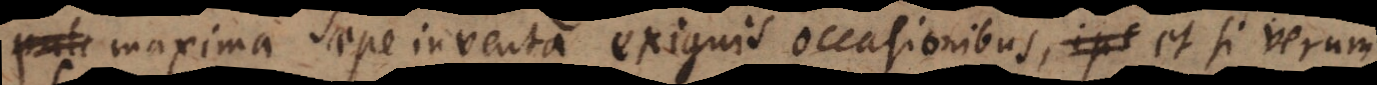
maxima saepe inventa exiguis occasionibus, et si verum